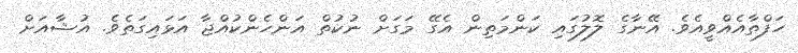
ހަފްތާއެއްވީއެވެ. އޭނާގެ ލޮލުގައި ކަންމަތިން އެގޭ މަގަށް ނުކުތް އަންހެންކުއްޖާ އަޅައިގަތެވެ. އުޝާއަށް